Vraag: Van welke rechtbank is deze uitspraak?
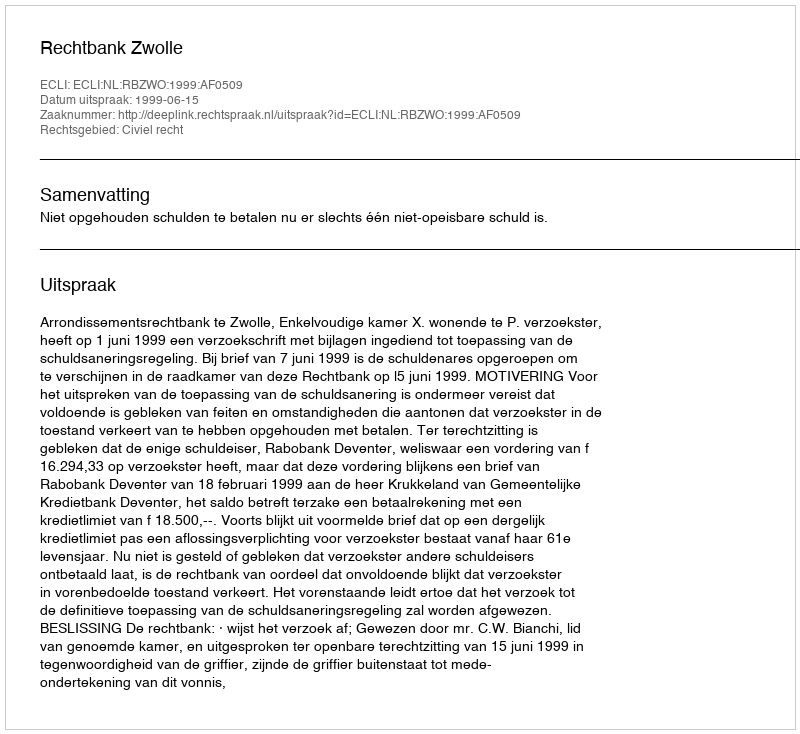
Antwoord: Rechtbank Zwolle